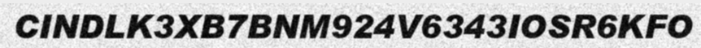
CINDLK3XB7BNM924V6343IOSR6KFO